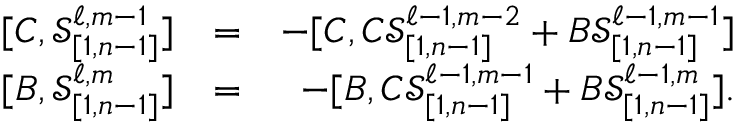
\begin{array} { r l r } { [ C , \mathcal { S } _ { [ 1 , n - 1 ] } ^ { \ell , m - 1 } ] } & { = } & { - [ C , C \mathcal { S } _ { [ 1 , n - 1 ] } ^ { \ell - 1 , m - 2 } + B \mathcal { S } _ { [ 1 , n - 1 ] } ^ { \ell - 1 , m - 1 } ] } \\ { [ B , \mathcal { S } _ { [ 1 , n - 1 ] } ^ { \ell , m } ] } & { = } & { - [ B , C \mathcal { S } _ { [ 1 , n - 1 ] } ^ { \ell - 1 , m - 1 } + B \mathcal { S } _ { [ 1 , n - 1 ] } ^ { \ell - 1 , m } ] . } \end{array}